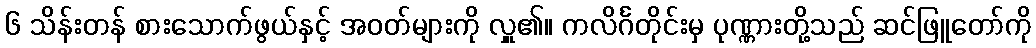
၆ သိန်းတန် စားသောက်ဖွယ်နှင့် အဝတ်များကို လှူ၏။ ကလိင်္ဂတိုင်းမှ ပုဏ္ဏားတို့သည် ဆင်ဖြူတော်ကို